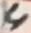
Text: 4